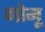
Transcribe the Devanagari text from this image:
गोमू